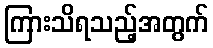
ကြားသိရသည့်အတွက်